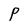
Character: P